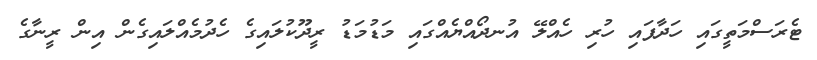
ޓެރަސްމަތީގައި ހަދާފައި ހުރި ހެއްލޭ އުނދޯއްޔެއްގައި މަޑުމަޑު ރީދޫކުލައިގެ ހެދުމެއްލައިގެން އިން ރީނާގެ